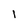
Character: 1